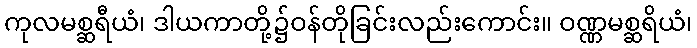
ကုလမစ္ဆရီယံ၊ ဒါယကာတို့၌ဝန်တိုခြင်းလည်းကောင်း။ ဝဏ္ဏမစ္ဆရိယံ၊